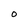
Character: O